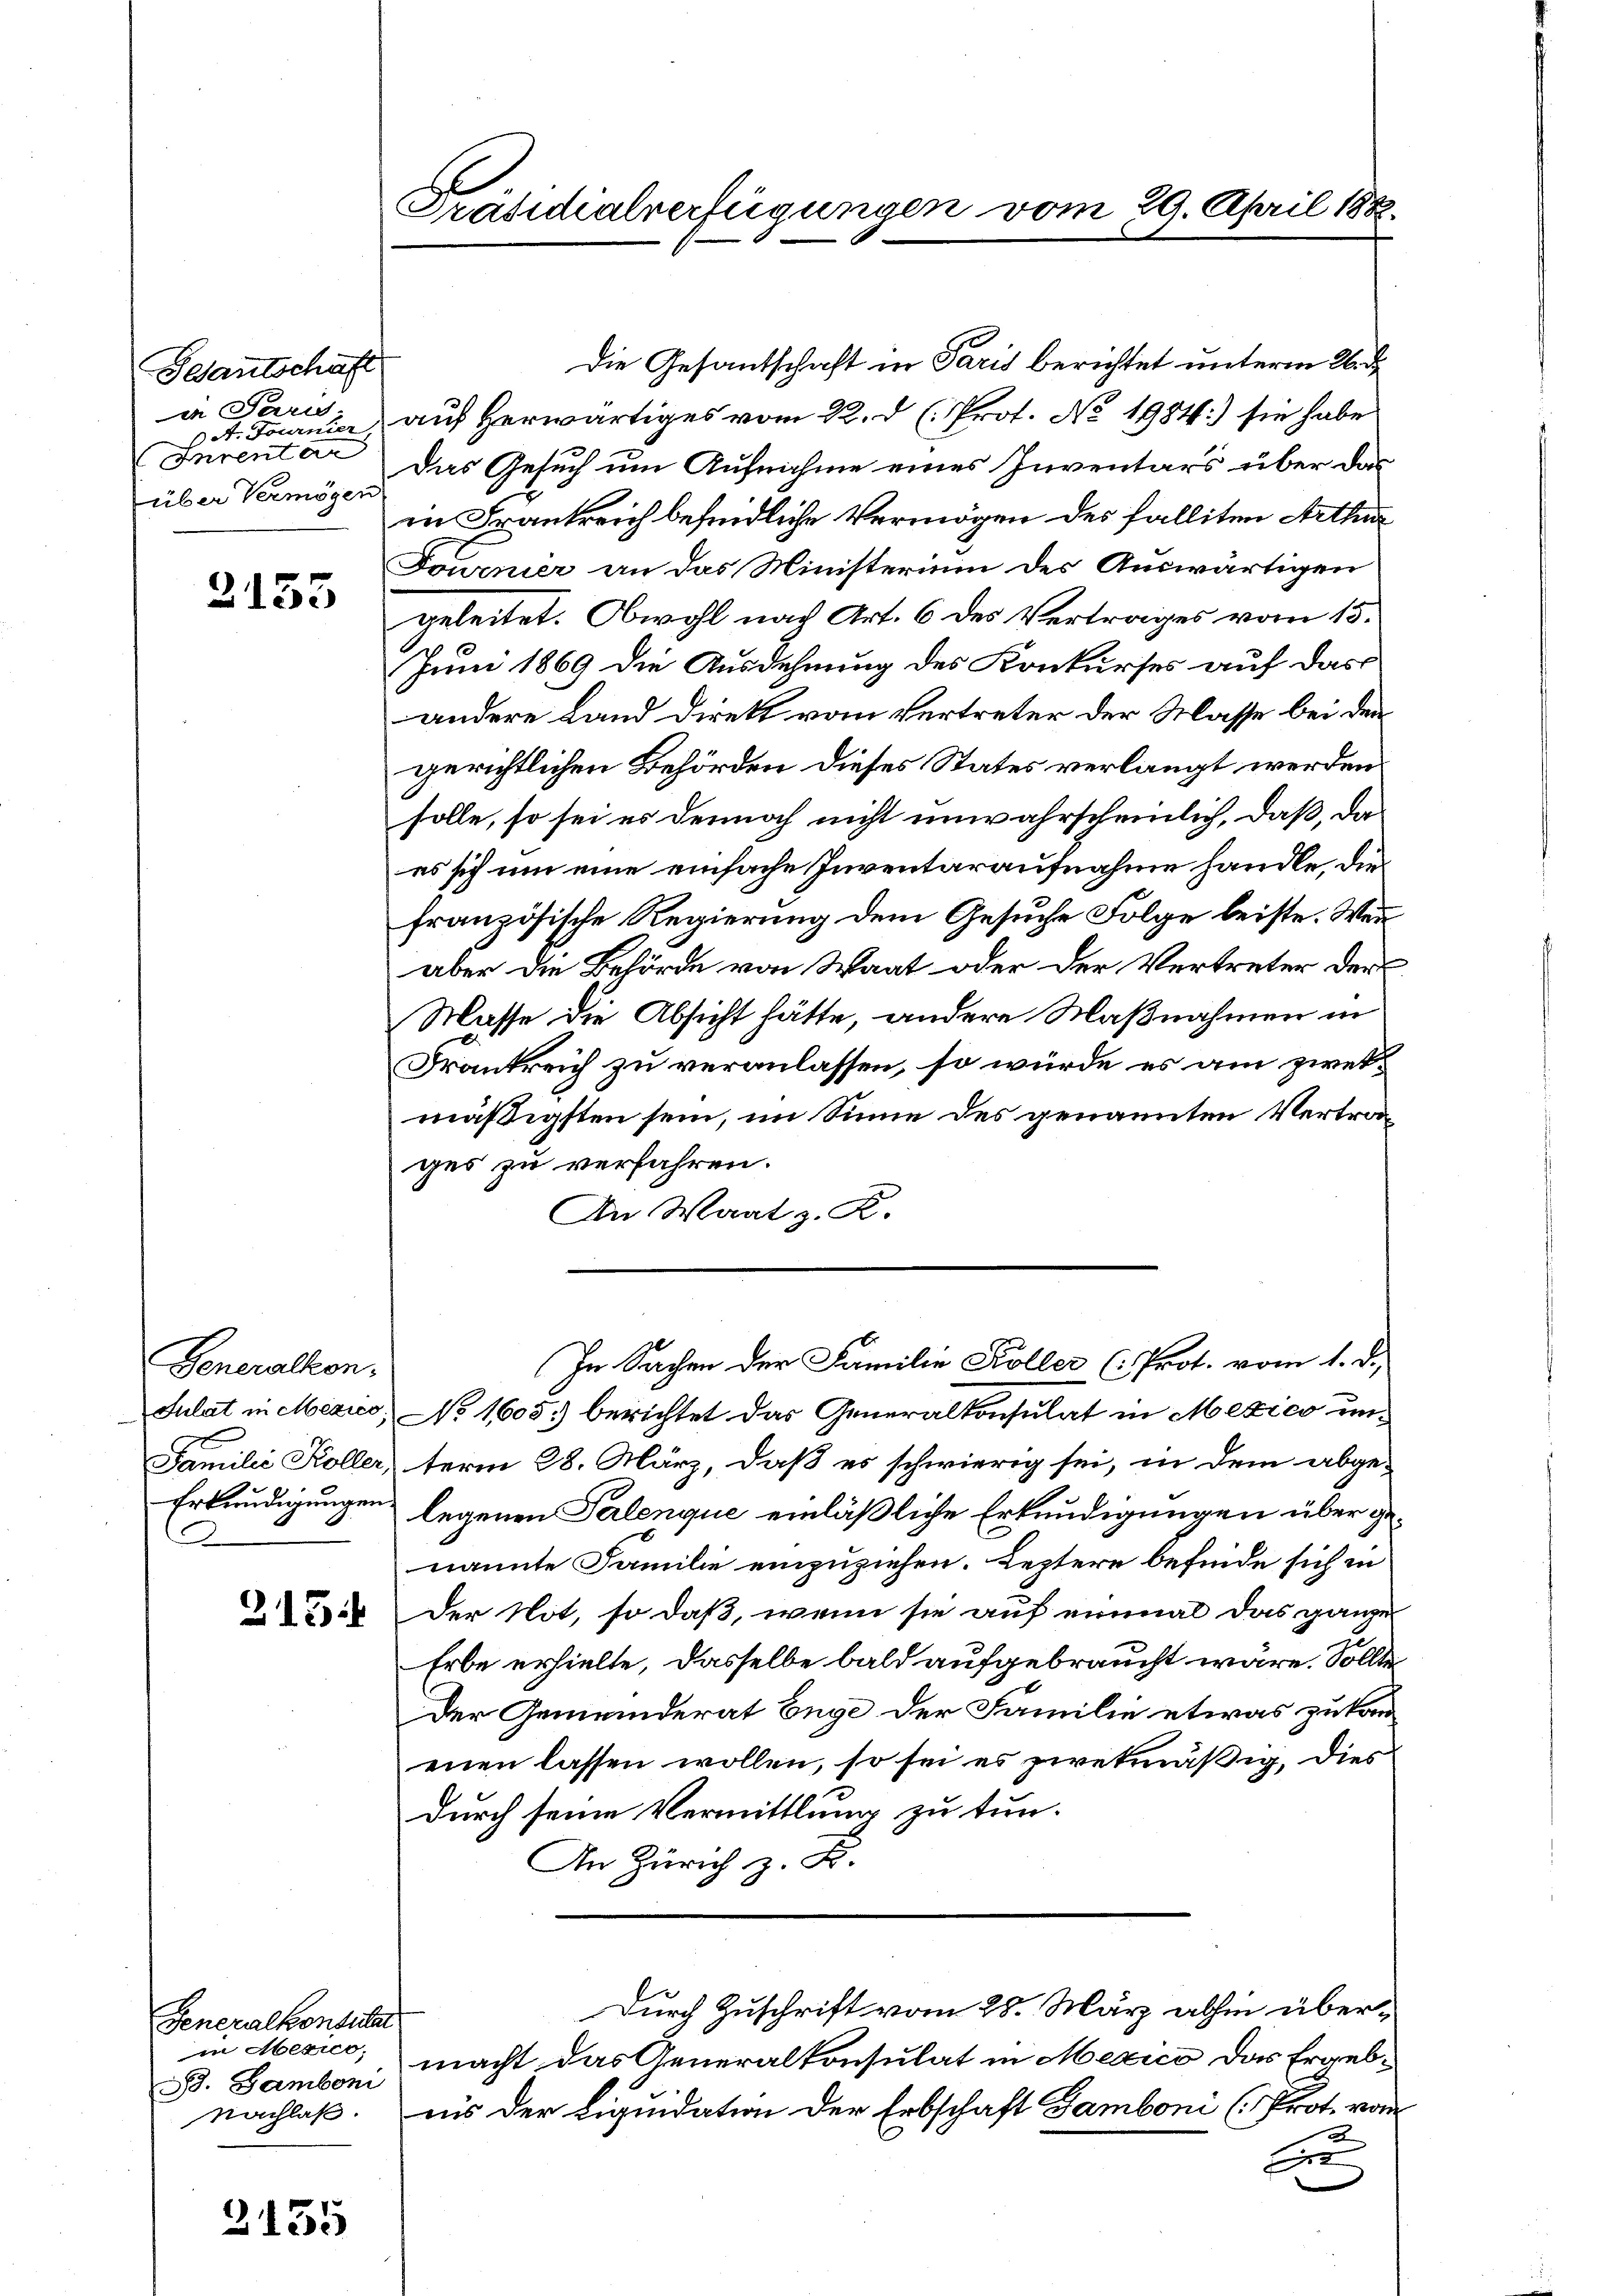
Gesantschaft
in Paris
Inventar
über Vermögen

2153

Generalkon-

Die Gesandschaft in Paris berichtet unterm 26. d.
A. Fornier auf herwärtiges vom 22. d. h. Prot. No. 1984.) sie habe
Das Gesuch um Aufnahme eines Inventars über das
in Frankreich befindliche Vermögen des falliten Arthur
Fournier an das Ministerium des Auswärtigen
geleitet. Obwohl nach Art. 6 des Vertrages vom 15.
Juni 1869 die Ausdehnung des Konkurses auf das
andere Land direkt vom Vertreter der Masse bei den
gerichtlichen Behörden dieses States verlangt werden
solle, so sei es dennoch nicht unwahrscheinlich, daß, da
es sich um eine einfache Inventaraufnahme handle, diefranzösische Regierung dem Gesuche Folge leiste. Wenn
aber die Behörde von Waat oder der Vertreter der
Masse die Absicht hätte, andere Maßnahmen in
Frankreich zu veranlassen, so würde es am zweimäßigsten sein, im Sinne des genannten Vertrages zu verfahren.
An Waatz. R.
In Sachen der Familie Koller (Prot. vom 1. d.
Sulat in Mexico, No 1605) berichtet das Generalkonsulat in Mexico un¬
Familie Koller, term 28. März, daß es schwierig sei, in dem abge-
Erkundigungen legenen Palenque einläßliche Erkundigungen über genannte Familie einzuziehen. Leztere befinde sich in
ex der Not, so daß, wenn sie auf einmal das ganze
Erbe erhielte, dasselbe bald aufgebraucht wäre. Sollte
Der Gemeinderat Enge der Familie etwas zu kanennen lassen wollen, so sei es zwekmäßig, dies
durch seine Vermittlung zu tun.
An Zürich z. B.
Durch Zuschrift vom 28. März abhin übermacht das Generalkonsulat in Mexico das Ergebnis der Liquidation der Erbschaft Gamboni (Prot. von
2
E

Generalkonsulat
in Mexico,
B. Gamboni
Nachlaß.

2135

Präsidialverfügungen vom 29. April 188.